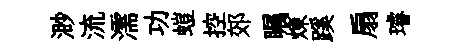
渺流濡功螘控郊瞩煉蹊扇璿